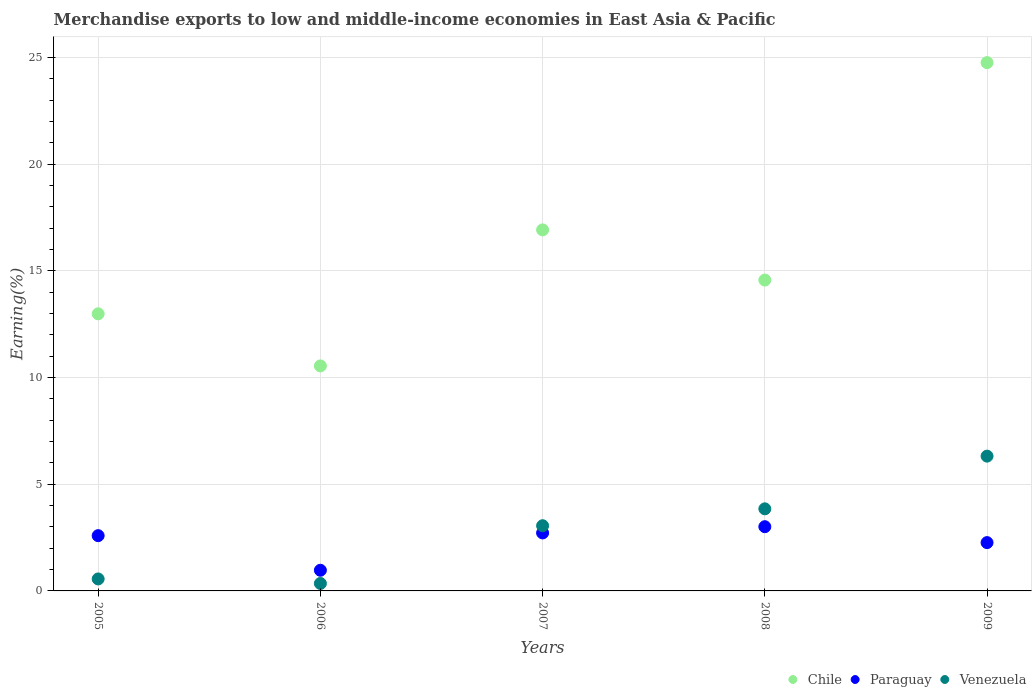
| Years | Chile | Paraguay | Venezuela |
 | --- | --- | --- | --- |
 | 2005 | 13 | 2.59 | 0.561 |
 | 2006 | 10.5 | 0.968 | 0.349 |
 | 2007 | 16.9 | 2.72 | 3.06 |
 | 2008 | 14.6 | 3.01 | 3.85 |
 | 2009 | 24.8 | 2.26 | 6.32 |